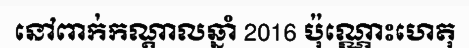
នៅពាក់កណ្តាលឆ្នាំ 2016 ប៉ុណ្ណោះហេតុ